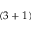
( 3 + 1 )